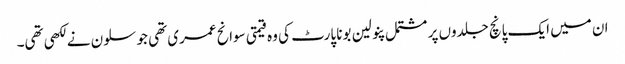
ان میں ایک پانچ جلدوں پر مشتمل پنولین بونا پارٹ کی وہ قیمتی سوانح عمری تھی جو سلون نے لکھی تھی۔